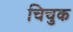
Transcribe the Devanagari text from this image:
चिचुक